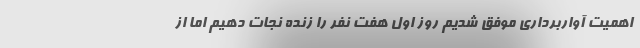
اهمیت آواربرداری موفق شدیم روز اول هفت نفر را زنده نجات دهیم اما از